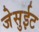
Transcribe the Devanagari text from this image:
जेसुईट